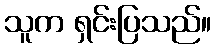
သူက ရှင်းပြသည်။